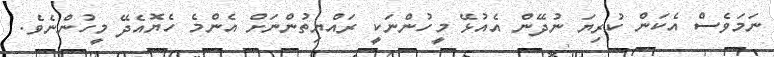
ނަމަވެސް އެކަން ކުރިޔަ ނުދޭން އެއުޅޭ މީހުންނަކީ ރައްޔިތުންނަށް އެންމެ ހެޔޮއެދޭ މީހުންނެވެ.